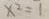
x ^ { 2 } = 1